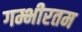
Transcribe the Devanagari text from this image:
गम्भीरतम